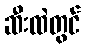
ဆီးထဲတွင်